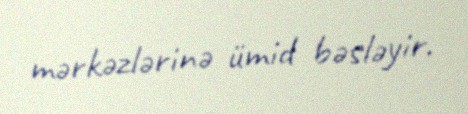
mərkəzlərinə ümid bəsləyir.